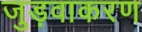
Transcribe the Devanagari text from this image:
जुड़वाकरण